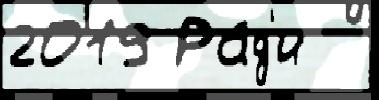
2019 Ра́д'и